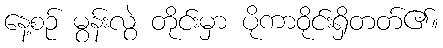
နေ့စဉ် မွန်းလွဲ တိုင်းမှာ ပိုကာဝိုင်းရှိတတ်၏။